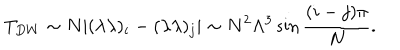
LaTeX: T _ { D W } \sim N | ( \lambda \lambda ) _ { i } - ( \lambda \lambda ) _ { j } | \sim N ^ { 2 } \Lambda ^ { 3 } \sin { { \frac { ( i - j ) \pi } { N } } } .